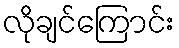
လိုချင်ကြောင်း